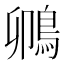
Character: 𫚵